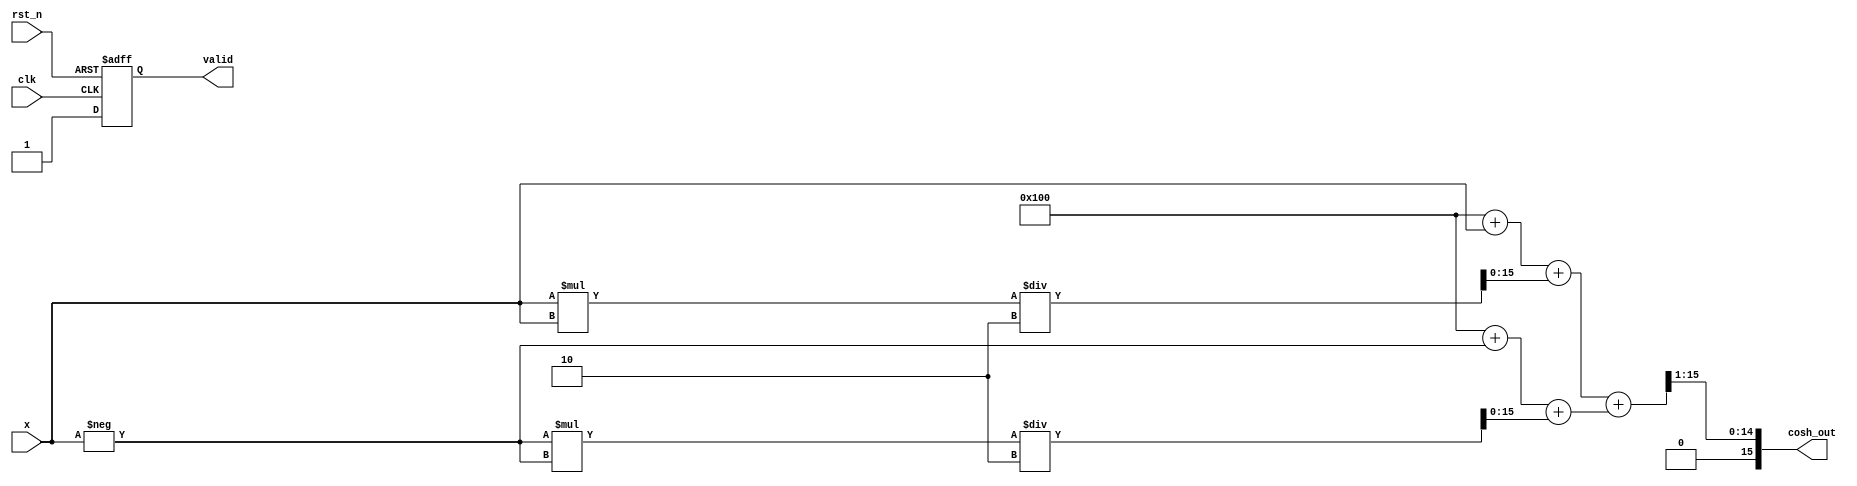
module cosh_arithmetic_block (
    input wire [15:0] x,            // 16-bit input (fixed-point representation)
    input wire clk,                  // Clock signal
    input wire rst_n,                // Asynchronous reset (active low)
    output reg [15:0] cosh_out,      // 16-bit output
    output reg valid                 // Output valid signal
);

    // Parameters for fixed-point representation and scaling
    parameter FIXED_POINT_FRACTIONAL_BITS = 8; // Number of fractional bits
    parameter EXP_WIDTH = 16;                    // Width of exponential output

    reg [EXP_WIDTH-1:0] exp_x;                   // e^x
    reg [EXP_WIDTH-1:0] exp_neg_x;               // e^(-x)
    reg [EXP_WIDTH-1:0] sum_exp;                 // e^x + e^(-x)

    // Exponential calculation (dummy implementation for e^x and e^(-x), replace with actual)
    function [EXP_WIDTH-1:0] exp_function;
        input [15:0] val;
        begin
            // An example implementation. Replace with proper method (CORDIC, Taylor series, etc.)
            exp_function = (1 << FIXED_POINT_FRACTIONAL_BITS) + val + (val * val) / 2; // e^x
        end
    endfunction

    // Combinational logic to calculate cosh(x)
    always @(*) begin
        exp_x = exp_function(x);
        exp_neg_x = exp_function(-x);
        sum_exp = exp_x + exp_neg_x; // Calculate e^x + e^(-x)
        cosh_out = sum_exp >> 1;      // Divide by 2 (using right shift for fixed-point)
    end

    // Control logic
    always @(posedge clk or negedge rst_n) begin
        if (!rst_n) begin
            valid <= 0;
        end else begin
            valid <= 1; // Set output valid signal
        end
    end

endmodule